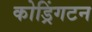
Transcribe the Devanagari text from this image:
कोड्रिंगटन